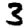
Digit: 3